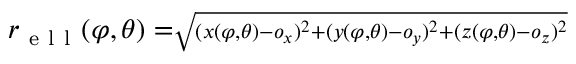
r _ { \mathrm { ~ e ~ l ~ l ~ } } ( \varphi , \theta ) = \scriptstyle \sqrt { ( x ( \varphi , \theta ) - o _ { x } ) ^ { 2 } + ( y ( \varphi , \theta ) - o _ { y } ) ^ { 2 } + ( z ( \varphi , \theta ) - o _ { z } ) ^ { 2 } }